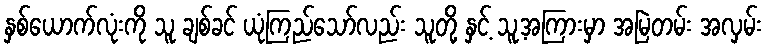
နှစ်ယောက်လုံးကို သူ ချစ်ခင် ယုံကြည်သော်လည်း သူတို့ နှင့် သူ့အကြားမှာ အမြဲတမ်း အလှမ်း